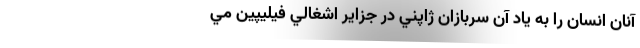
آنان انسان را به ياد آن سربازان ژاپني در جزاير اشغالي فيليپين مي‌